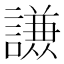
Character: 𮘹